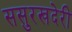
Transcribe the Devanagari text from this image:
ससुरखदेरी